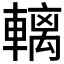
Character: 𲄼